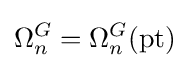
\Omega _{n}^{G}=\Omega _{n}^{G}({\text{pt}})